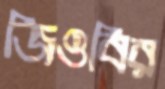
জিওবির